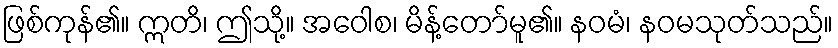
ဖြစ်ကုန်၏။ ဣတိ၊ ဤသို့။ အဝေါစ၊ မိန့်တော်မူ၏။ နဝမံ၊ နဝမသုတ်သည်။